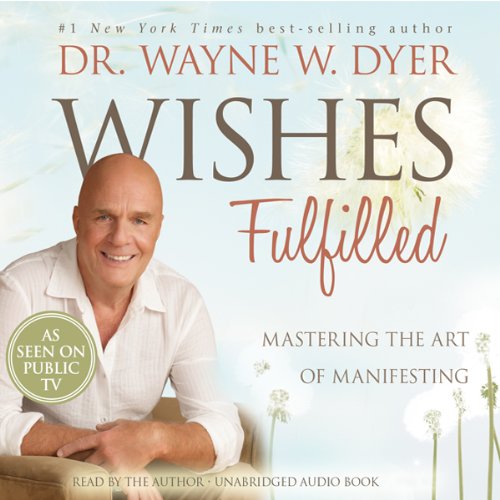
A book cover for Wishes Fulfilled: Mastering the Art of Manifesting; Wayne W. Dyer; Religion & Spirituality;